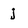
Character: j